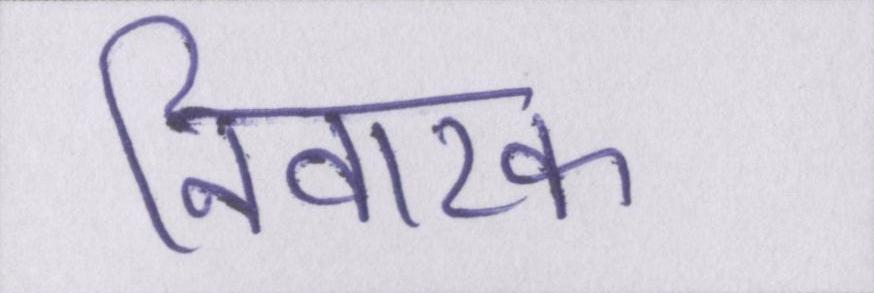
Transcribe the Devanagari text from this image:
निवारक